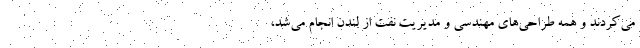
می‌کردند و همه طراحی‌های مهندسی و مدیریت نفت از لندن انجام می‌شد،